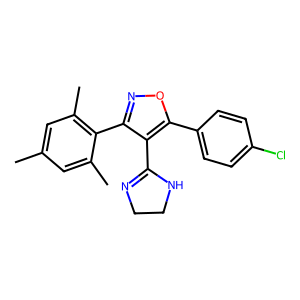
SMILES: Cc1cc(C)c(-c2noc(-c3ccc(Cl)cc3)c2C2=NCCN2)c(C)c1
Inhibits HIV replication: No